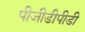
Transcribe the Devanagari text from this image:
पीजीडीपीडी